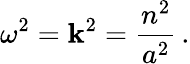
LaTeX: \omega^{2}=\mathbf{k}^{2}=\frac{{n^{2}}}{{a^{2}}}\, .